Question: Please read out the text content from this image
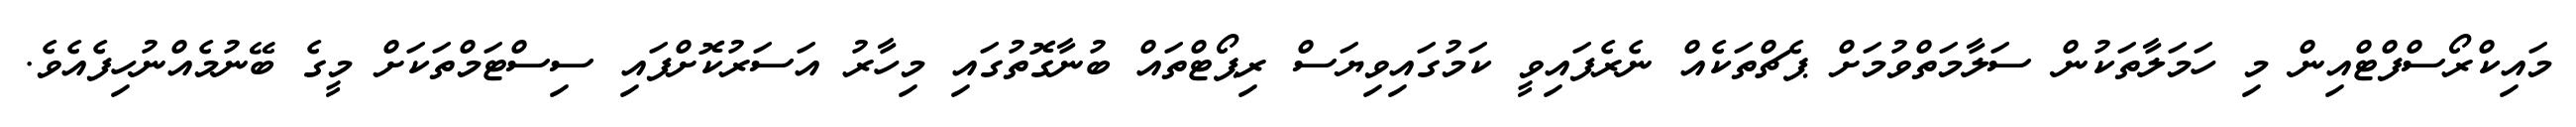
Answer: މައިކްރޯސްފްޓްއިން މި ހަމަލާތަކުން ސަލާމަތްވުމަށް ޕެޗްތަކެއް ނެރެފައިވީ ކަމުގައިވިޔަސް ރިޕޯޓްތައް ބުނާގޮތުގައި މިހާރު އަސަރުކޮށްފައި ސިސްޓަމްތަކަށް މީގެ ބޭނުމެއްނުހިފެއެވެ.